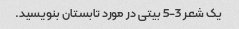
یک شعر 3-5 بیتی در مورد تابستان بنویسید.